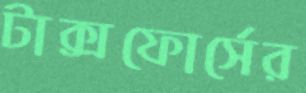
টাক্সফোর্সের